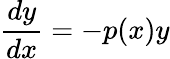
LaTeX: {\frac{dy}{dx}}=-p(x)y